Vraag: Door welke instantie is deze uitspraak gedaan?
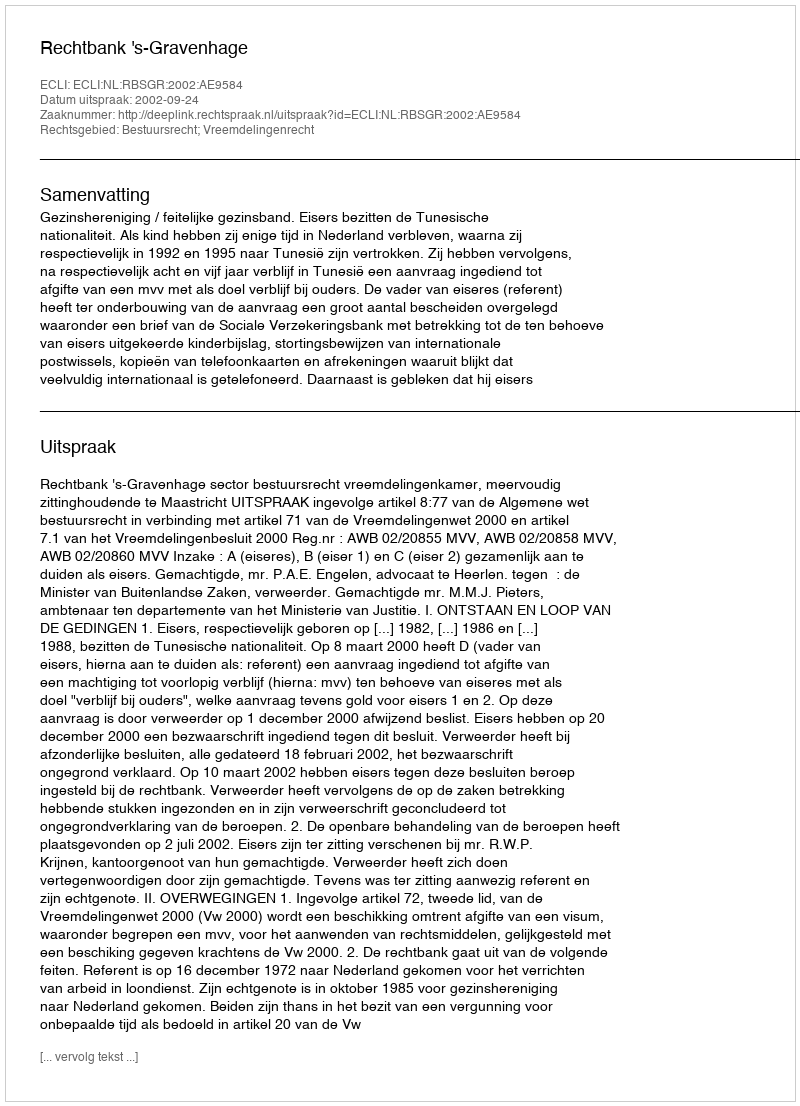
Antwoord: Rechtbank 's-Gravenhage